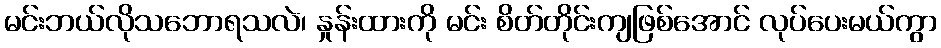
မင်းဘယ်လိုသဘောရသလဲ၊ နှုန်းထားကို မင်း စိတ်တိုင်းကျဖြစ်အောင် လုပ်ပေးမယ်ကွာ